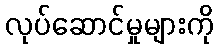
လုပ်ဆောင်မှုများကို